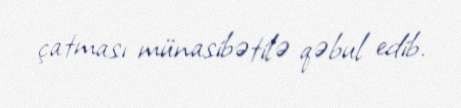
çatması münasibətilə qəbul edib.